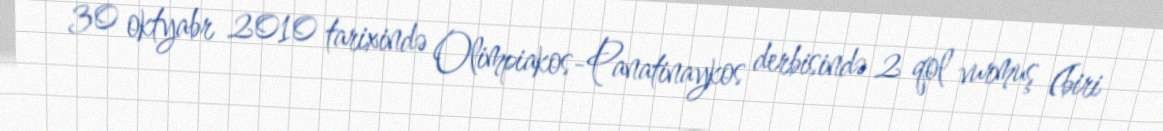
30 oktyabr 2010 tarixində Olimpiakos-Panatinaykos derbisində 2 qol vurmuş (biri